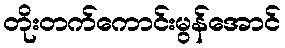
တိုးတက်ကောင်းမွန်အောင်